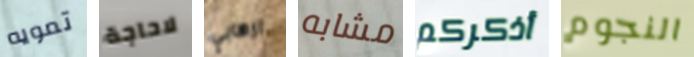
تمويه لاحاجة ارهابي مشابه أذكركم النجوم